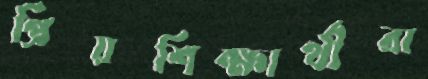
প্রিয়শিক্ষার্থীরা